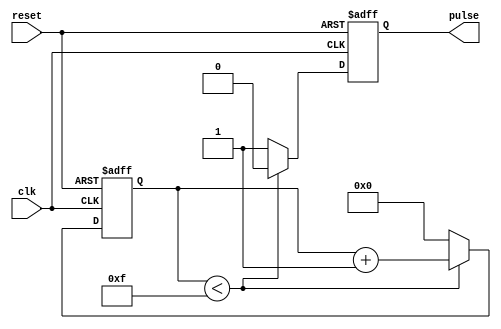
module synchronous_pulse_generator (
    input wire clk,
    input wire reset,
    output reg pulse
);

reg [3:0] counter;

always @ (posedge clk or posedge reset) begin
    if (reset) begin
        counter <= 4'b0000;
        pulse <= 1'b0;
    end else begin
        if (counter < 4'b1111) begin
            counter <= counter + 1;
            pulse <= 1'b0;
        end else begin
            counter <= 4'b0000;
            pulse <= 1'b1;
        end
    end
end

endmodule